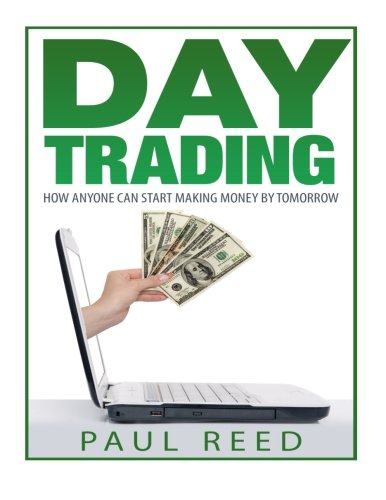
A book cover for Day Trading: How Anyone Can Start Making Money by Tomorrow; Paul Reed; Business & Money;